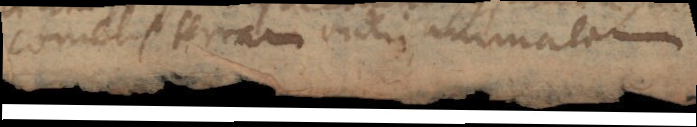
cometis terram videri animatam